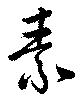
素